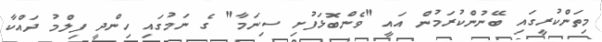
މިތަންކުރީގައި ބޭނުންކުރަމުން އައީ "ވެންބޮޅަފުށި ސިނަމާ" ގެ ނަމުގައި ހިންދީ ފިލްމު ދައްކާ